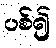
ပစ်၍